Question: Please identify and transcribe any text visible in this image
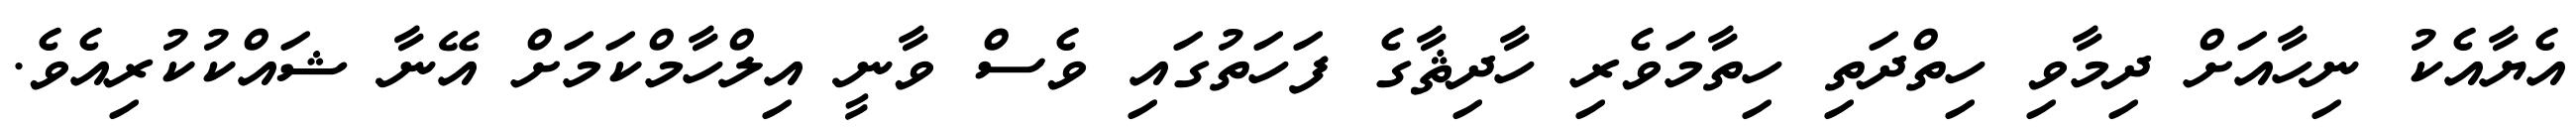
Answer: އެޔާއެކު ނިހާއަށް ދިމާވި ހިތްދަތި ހިތާމަވެރި ހާދިޘާގެ ފަހަތުގައި ވެސް ވާނީ އިލްހާމްކަމަށް އޭނާ ޝައްކުކުރިއެވެ.